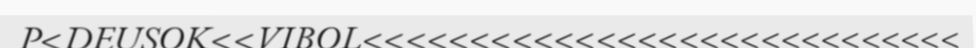
P<DEUSOK<<VIBOL<<<<<<<<<<<<<<<<<<<<<<<<<<<<<